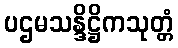
ပဌမသန္ဒိဋ္ဌိကသုတ္တံ